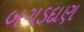
બગડદાણ